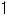
1